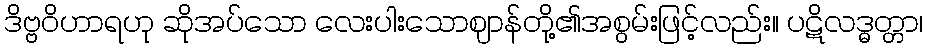
ဒိဗ္ဗဝိဟာရဟု ဆိုအပ်သော လေးပါးသောဈာန်တို့၏အစွမ်းဖြင့်လည်း။ ပဋိလဒ္ဓတ္တာ၊